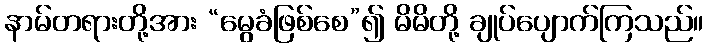
နာမ်တရားတို့အား “မွေခံဖြစ်စေ”၍ မိမိတို့ ချုပ်ပျောက်ကြသည်။